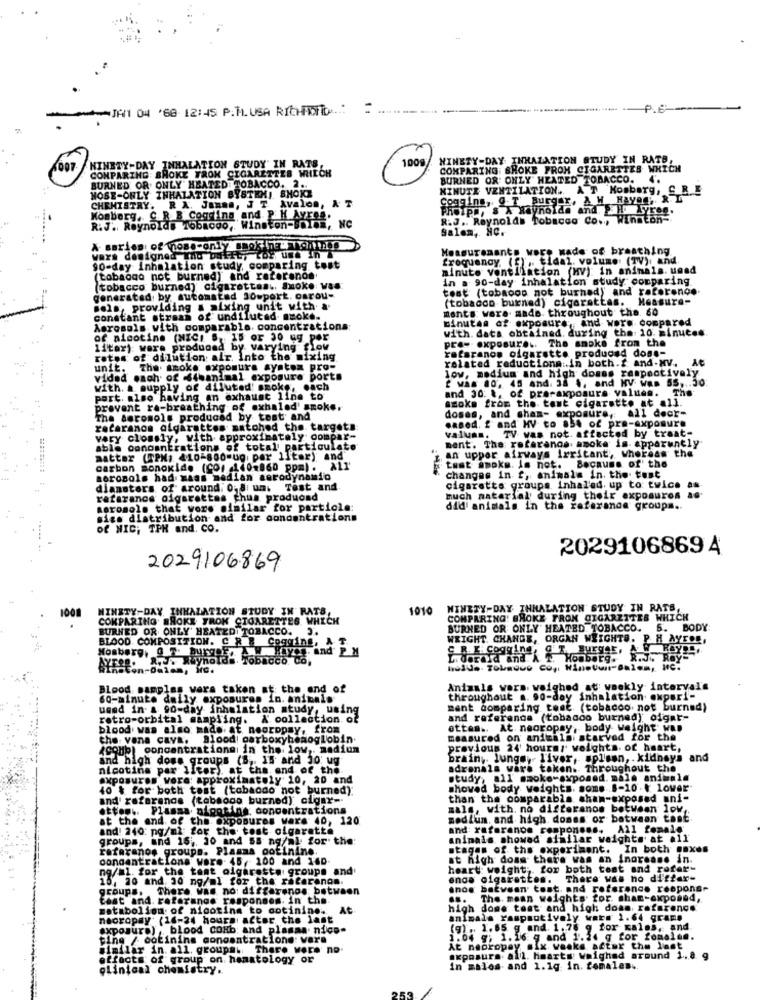
JA/1 04 '68 12:45 P.H. USA RICHIEDITO .: :
----- .
NINETY-DAY INHALATION STUDY IN RATB,
NINETY-DAY INHALATION STUDY IN RATS
COMPARING: BROKE TROM CIGARETTES WHICH
1009
COMPARING SHOKE FROM CIGARETTES WHICH
BURNED OR ONLY HEATED TOBACCO. 4.
BURNED OR. ONLY HEATED TOBACCO. 2 ..
NOSE-ONLY INHALATION BYSTEM, SMOKE
MINUTE VENTILATION. A T Kosborg, S R.E
coggins, @-T Burger, A W HayOg, & L
CHEMISTRY. RX. JEmma, J T Avalon, & T
Phelps, S A Haynoida and H. Xyreg.
Konberg, C. R B Cogdina and PH Avres.
R.J. Reynolds Tobacco Co ., Winston-
R.J. Reynolds 16baovo, Winston-BOIom, NC
Salem, HC.
A series of those-only smok ne chtnos
Measurements were Made of breathing
wars designed mo balit, toY uma In &
„ tidal. volume (TV), and
90-day inhalation study comparing tost
minute ventilation (HV): in animals. uned
(tobaogo not burned) and razeranos
in a 90-day inhalation study comparing
(tobacco burned) cigarettes .. Smoke was
test (tobaooo not burned)' and ratereno ..
generated by automatad 30wport. carou-
(tobacco burned) cigarettes.
Measure-
jels, providing a aixing unit with a
ments were made throughout the. 6o
constant stream of undilutad azoke.
minutes of exposure, and were compared
Aerosols with comparable. concentrations
with. data obtained. during the 10 minutes
of nicotine (NICI 5, 15 or 30 ug por
praw exposure .. The smoke from the
litar) were produced by varying flow
rafaranow cigarette produced don .-
rates of dilution air. Into the mixing
related reductions .. in both.f and-MV.
unit.
The smoke expomura ayatom pro-
low, medium' and high domes respectively
AG
vided each of 64wanimal exposure ports
" was 80, 48 and. 38 %, and HV was 55 ,.. 50
with. a supply of diluted! smoke, each
and 30: \, of praraxposure valuen.
The
part. also having an exhaust line to
smoke from the tout cigarette at all.
prevent ra-breathing of exhaled' smoke.
doses, and gham- exposure, all door-
The seromols produced by tost; and
recaranos algarattes matohed the targets:
.aBed. f and HV to a54 of pre-exposure
valun ..
TV was not. affected by traat-
very clossly, with approximately compar-
ment. The referanos awoke is- apparently
able conomnErations of total particulate
matter (TPM; < 10-800-ug, par Iltar) and
" an upper airways irritant, whereas t
carbon monoxide (CO/ 140-860 ppm). All'
test awoke. is not. Because of the
aerosols had maas median aerodynami'o
changes in f,animals in. the tust
dianaters of around: 0, 8: um. Test and
cigarette groups inhaled, up to twice as
rafarance cigarettes chus produond
much material during their exposures as
sorosolo that were similar for particle:
did animals in the referance groups ..
sigo distribution and for concentrations
of NIC; TPH and. CO.
2029106869 4
2029106869
INETY
-DAY
TION STUDY IN RATS,
1010
NINETY-DAY INHALATION STUDY IN RATS,
COMPARING BROKE TROK CIGARETTES WHICH
COMPARING' BROKE TRON CIGARETTES WHICH
BURNED OR ONLY' HEATED TOBACCO. ".
BURNED OR ONLY HEATED TOBACCO. 5. BODY
BLOOD. COMPOSITION. C.R & Coggins, AT.
WRIGHT CHANGE, ORGAN WEIGHTS. P. H AYFOR,
WHY .. And PX
AYERR. A. Whynota
C _R. I. Cogging, @'T. BUEgSE
L. dereid and & T. Howborg.
Con-Oulam, irc.
Blood samples were taken at the end of
Animals wors weighed at weekly intervals
60-minute daily exposures in. animal
. In. animals
throughout a. 90-day inhalation experi-
used in a 90-day inhalation study, using
mant comparing test (tobacco not burned)
retro-orbital sampling. & collect
ollection of
and reference (tobadoo burned) oigat-
blood was also made at neoropay, from
ettes .. At neoropay, body weight wap
the vena cava. Blood| carboxyhemoglobin.
measured on animalsi starved for the
(CoHb) concentrationmi in the. low ,. medium
previous 24' hours, weights. of heart,
and high dome groups (B ,. 15 and 30 ug
brain, lungs ,- liver, spleen, . kidneys and
nicotine par Ilter). at the end of the.
adrenala ware taken. Throughout the
exposures vore: Approximately 10, 20 and
study, all smoke-sxposed. male animale
40 $ for both tost (tobacdo not burned).
shoved body weights. some 8-10.4 lover
and' reference (tabaogo burned) cigar-
than the comparable sham-exposed ani-
ettog .. Plasma nippting: concentrations
mals, with. no difteranos between low
at the end of the Oxpobures vare 40, 120
medium, and high doses or batwean tast
and! 240: pg/ml; for the tost olgarette
and: rafarenoe romponons. All female'
groups, and 16 ,, 20 and 58 ng/ml for the:
animals showed similar weights at all
rafaranos groups. Plasma ootinine.
stages of the experiment. In both axes
concentrations ware. 45, 100 and 160
at high dons there was an inorease in.
ng/ml. for the tant olgaresta groups and
heart: weight- for both test and refer-
15, 20 and. 30 ng/ml for the racerenon.
encs cigarettes. There was no differ-
groups. There was no: diffarenos between
snow batvean tout. and reference respons.
East and. rofarande respondes. in the
...
The. mean weights' for. chan-ex
matabolion of nicotina to cotinine: At
high dome test and high doan, reference
necropay' (16-24 hours actor the last
animals rampsotively war. 1.64 grams
exposure) , blood COHb and plasma. nico-
(g). 1.65 g and. 1.76 g for males, and.
ting / cotinins conowntratione: vare
1.04 g; 1. 16 g and 1.24 g for femalem.
similar in. all. groups.
There were no.
At neoropay six weeks after the last
effects of group on hematology or
exposure. all. hmarts weighed around 1, 8 g
clinical chemistry.
in malos- and 1.1g. in. females ..